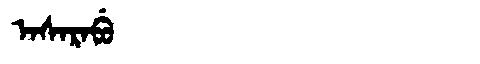
Manchu: ᠠᠰᠠᡵᠠᠪᡠ
Romanization: ASARABU